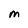
Character: M